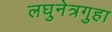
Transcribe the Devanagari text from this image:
लघुनेत्रगुहा